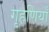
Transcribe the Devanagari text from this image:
गृहणियाँ